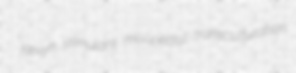
Kevyn stimulant misopedist transculturation